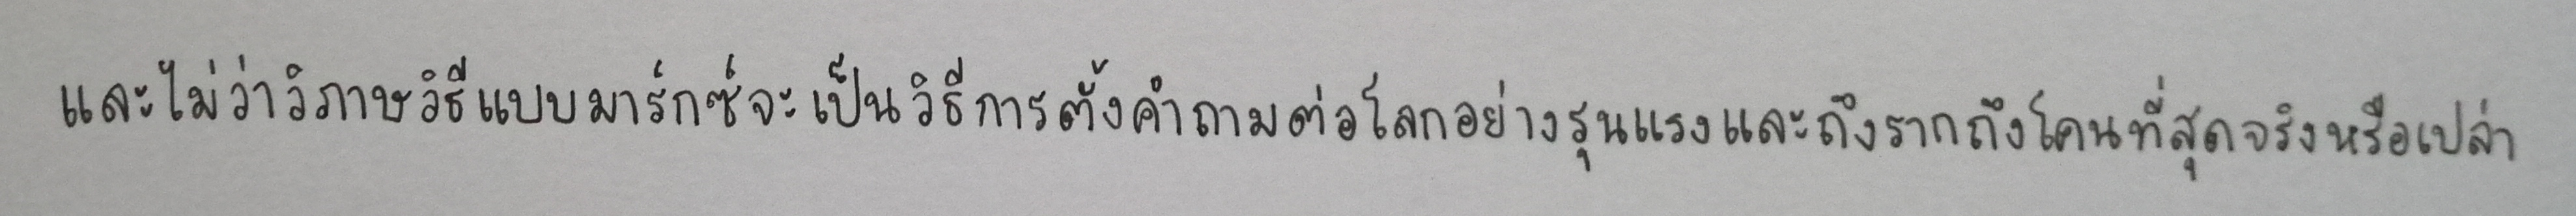
และไม่ว่าวิภาษวิธีแบบมาร์กซ์จะเป็นวิธีการตั้งคำถามต่อโลกอย่างรุนแรงและถึงรากถึงโคนที่สุดจริงหรือเปล่า